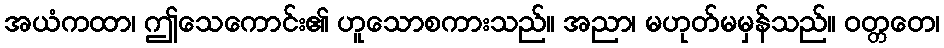
အယံကထာ၊ ဤသေကောင်း၏ ဟူသောစကားသည်။ အညာ၊ မဟုတ်မမှန်သည်။ ဝတ္တတေ၊